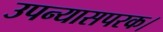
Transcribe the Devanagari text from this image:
उपन्यासपरक।